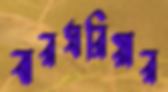
বারঘরিয়ার